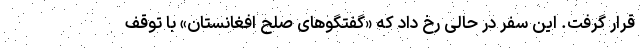
قرار گرفت. این سفر در حالی رخ داد که «گفتگوهای صلح افغانستان» با توقف